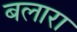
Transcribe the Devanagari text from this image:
बलारा